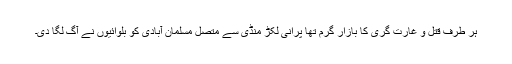
ہر طرف قتل و غارت گری کا بازار گرم تھا پرانی لکڑ منڈی سے متصل مسلمان آبادی کو بلوائیوں نے آگ لگا دی۔